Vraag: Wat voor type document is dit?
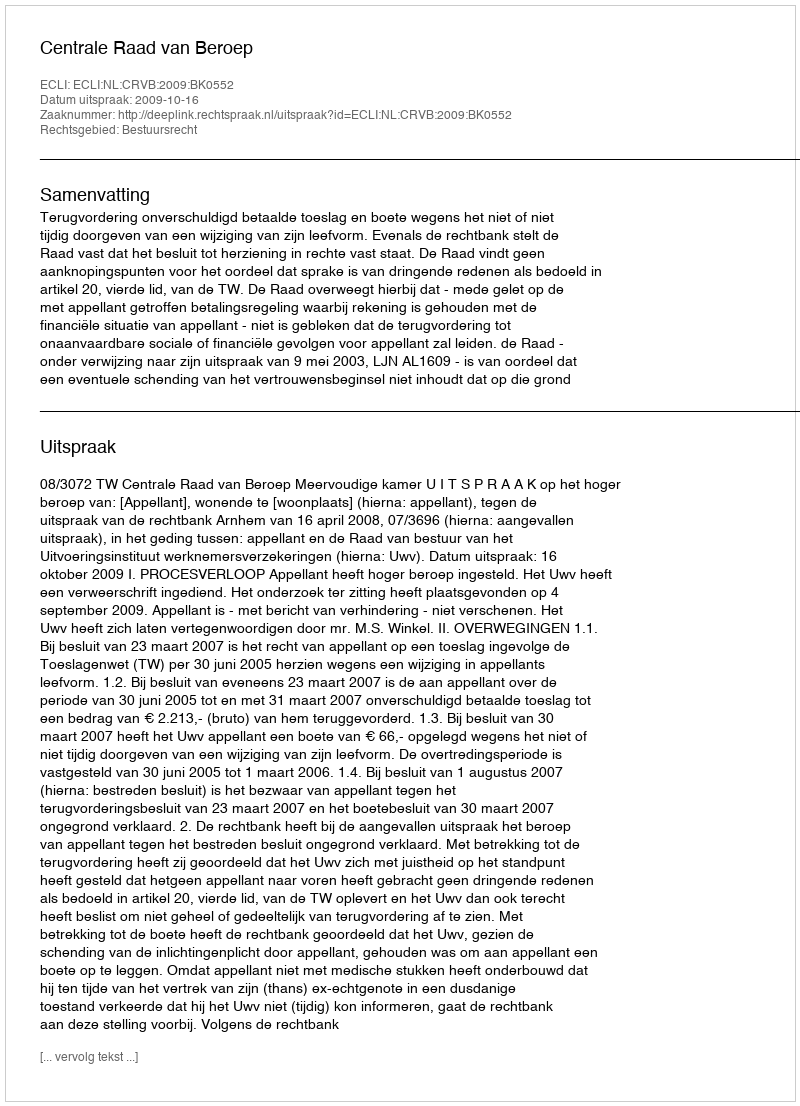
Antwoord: Uitspraak